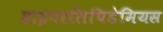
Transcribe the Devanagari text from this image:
हाइपरलिपिडेमियस